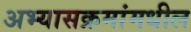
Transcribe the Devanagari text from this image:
अभ्यासक्रमांमधील